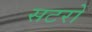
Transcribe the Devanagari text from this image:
सटरों